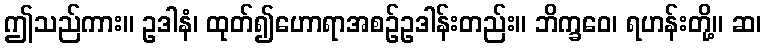
ဤသည်ကား။ ဥဒါနံ၊ ထုတ်၍ဟောရာအစဉ်ဥဒါန်းတည်း။ ဘိက္ခဝေ၊ ရဟန်းတို့။ ဆ၊